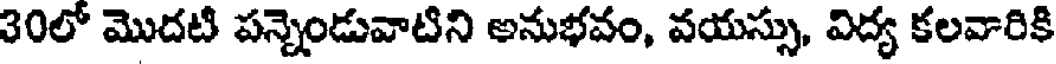
30లో మొదటి పన్నెండువాటిని అనుభవం, వయస్సు, విద్య కలవారికి